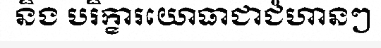
និង បរិក្ខារយោធាជាជំហានៗ